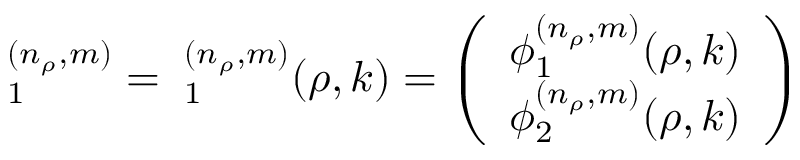
{ \bf \Phi } _ { 1 } ^ { ( n _ { \rho } , m ) } = { \bf \Phi } _ { 1 } ^ { ( n _ { \rho } , m ) } ( \rho , k ) = \left( \begin{array} { c } { { \phi _ { 1 } ^ { ( n _ { \rho } , m ) } ( \rho , k ) } } \\ { { \phi _ { 2 } ^ { ( n _ { \rho } , m ) } ( \rho , k ) } } \end{array} \right)